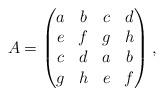
LaTeX: \begin{align*}A=\begin{pmatrix}a & b & c & d \\e & f & g & h \\c & d & a & b \\g & h & e & f\end{pmatrix},\end{align*}